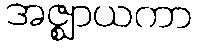
အဇ္ဈာယကာ